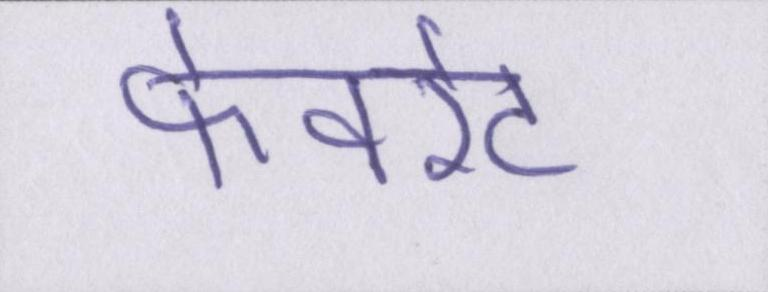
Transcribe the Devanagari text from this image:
फेवरेट